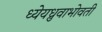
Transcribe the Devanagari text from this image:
ध्येयध्रुवाभोवती